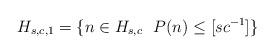
LaTeX: \begin{align*}H_{s,c,1}=\{ n \in H_{s,c} \ \ P(n) \leq [sc^{-1}]\}\end{align*}